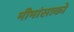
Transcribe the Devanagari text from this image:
मीमांसाकाे